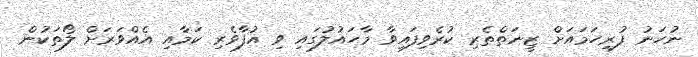
ނުހަނު ފުރިހަމައަށް ޒީނަތްތެރި ކުރެވިފައިވާ މާހައުލުގައި ވި އުފާވެރި ކަމާއި އެއްވަރަށް ލޯތަކުން